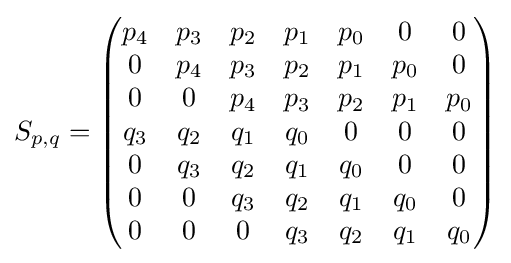
S_{p,q}={\begin{pmatrix}p_{4}&p_{3}&p_{2}&p_{1}&p_{0}&0&0\\0&p_{4}&p_{3}&p_{2}&p_{1}&p_{0}&0\\0&0&p_{4}&p_{3}&p_{2}&p_{1}&p_{0}\\q_{3}&q_{2}&q_{1}&q_{0}&0&0&0\\0&q_{3}&q_{2}&q_{1}&q_{0}&0&0\\0&0&q_{3}&q_{2}&q_{1}&q_{0}&0\\0&0&0&q_{3}&q_{2}&q_{1}&q_{0}\end{pmatrix}}